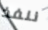
ننفذ